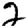
Digit: 2